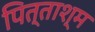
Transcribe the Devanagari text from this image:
पित्ताश्म